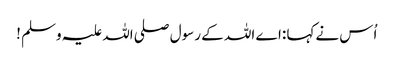
اُس نےکہا :اے اللہ کے رسول صلی اللہ علیہ وسلم !